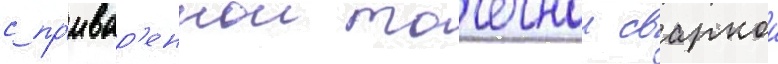
с пр'ивар'еннои точечнои сваркои